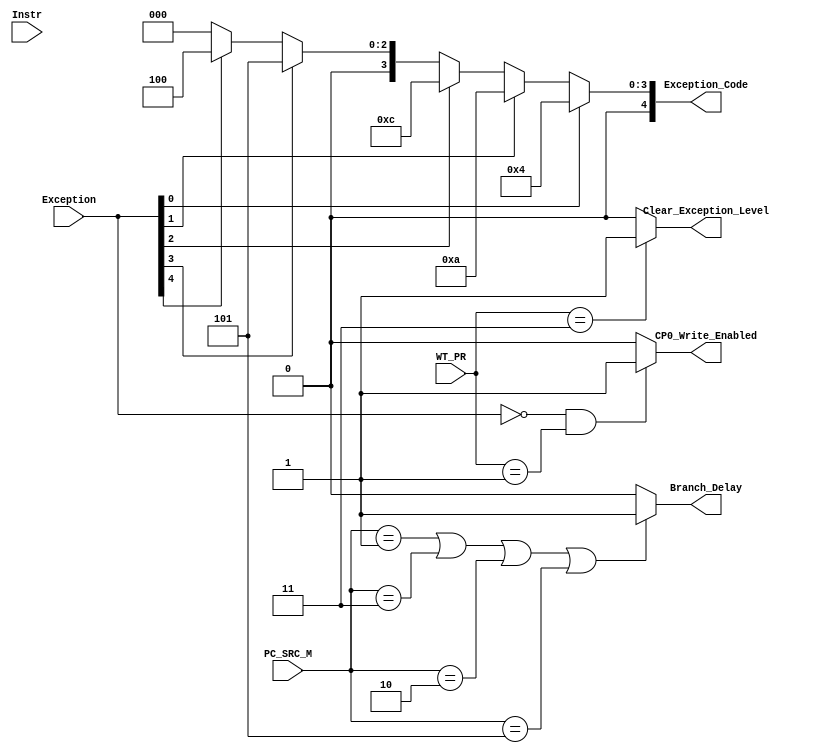
`timescale 1ns / 1ps
//////////////////////////////////////////////////////////////////////////////////
// Company: 
// Engineer: 
// 
// Design Name: 
// Module Name:    coctrl 
// Project Name: 
// Target Devices: 
// Tool versions: 
// Description: 
//
// Dependencies: 
//
// Revision: 
// Revision 0.01 - File Created
// Additional Comments: 
//
//////////////////////////////////////////////////////////////////////////////////
module coctrl(
    input  [31:0] Instr,
    input  [4:0] Exception,
	 input  [1:0] WT_PR,
	 input  [2:0] PC_SRC_M,
    output [6:2] Exception_Code,
    output Clear_Exception_Level,
    output CP0_Write_Enabled,
	 output Branch_Delay
    );
	 
	wire [5:0] Op, Func;
	wire [4:0] Mt;
	
	assign Op = Instr[31:26];
	assign Mt = Instr[25:21];
	assign Func = Instr[5:0];
	
	assign Branch_Delay = (PC_SRC_M == 3'b001 | PC_SRC_M == 3'b011 | PC_SRC_M == 3'b010 | PC_SRC_M == 3'b101) ? 1'b1 :
																																					1'b0 ;
	
	assign CP0_Write_Enabled = (Exception == 0 & WT_PR == 2'b01) ? 1'b1 :
																					   1'b0 ;
	assign Clear_Exception_Level = (WT_PR == 2'b11) ? 1'b1 :
																	  1'b0 ;
																	  
	assign Exception_Code = (Exception[0] == 1'b1) ? 5'd4  :
									(Exception[1] == 1'b1) ? 5'd10 :
									(Exception[2] == 1'b1) ? 5'd12 :
									(Exception[3] == 1'b1) ? 5'd5  :
									(Exception[4] == 1'b1) ? 5'd4  :
																	 5'd0  ;
endmodule